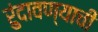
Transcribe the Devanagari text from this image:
रुंदावण्याची